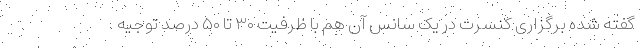
گفته شده برگزاری کنسرت در یک سانس آن هم با ظرفیت ۳۰ تا ۵۰ درصد توجیه